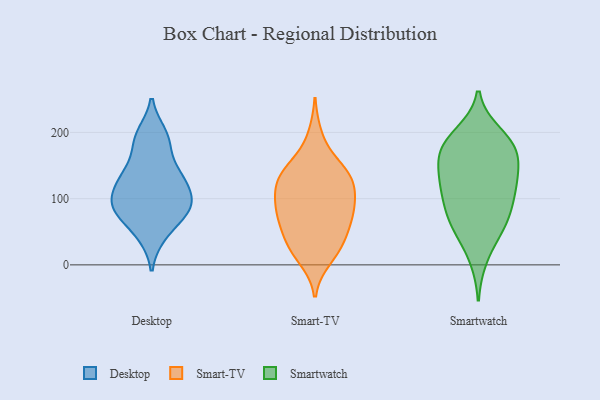
{"axis": {"x": "Conversion Rate (%)", "y": "Value"}, "legend": ["Desktop", "Smart-TV", "Smartwatch"], "data": [{"x": "", "y": 139, "type": "Desktop"}, {"x": "", "y": 79, "type": "Desktop"}, {"x": "", "y": 197, "type": "Desktop"}, {"x": "", "y": 99, "type": "Desktop"}, {"x": "", "y": 85, "type": "Desktop"}, {"x": "", "y": 133, "type": "Desktop"}, {"x": "", "y": 183, "type": "Desktop"}, {"x": "", "y": 120, "type": "Desktop"}, {"x": "", "y": 45, "type": "Desktop"}, {"x": "", "y": 86, "type": "Desktop"}, {"x": "", "y": 132, "type": "Smart-TV"}, {"x": "", "y": 103, "type": "Smart-TV"}, {"x": "", "y": 120, "type": "Smart-TV"}, {"x": "", "y": 22, "type": "Smart-TV"}, {"x": "", "y": 126, "type": "Smart-TV"}, {"x": "", "y": 10, "type": "Smart-TV"}, {"x": "", "y": 77, "type": "Smart-TV"}, {"x": "", "y": 46, "type": "Smart-TV"}, {"x": "", "y": 136, "type": "Smart-TV"}, {"x": "", "y": 87, "type": "Smart-TV"}, {"x": "", "y": 59, "type": "Smart-TV"}, {"x": "", "y": 153, "type": "Smart-TV"}, {"x": "", "y": 28, "type": "Smart-TV"}, {"x": "", "y": 144, "type": "Smart-TV"}, {"x": "", "y": 76, "type": "Smart-TV"}, {"x": "", "y": 123, "type": "Smart-TV"}, {"x": "", "y": 75, "type": "Smart-TV"}, {"x": "", "y": 88, "type": "Smart-TV"}, {"x": "", "y": 29, "type": "Smart-TV"}, {"x": "", "y": 194, "type": "Smart-TV"}, {"x": "", "y": 197, "type": "Smartwatch"}, {"x": "", "y": 11, "type": "Smartwatch"}, {"x": "", "y": 76, "type": "Smartwatch"}, {"x": "", "y": 63, "type": "Smartwatch"}, {"x": "", "y": 87, "type": "Smartwatch"}, {"x": "", "y": 177, "type": "Smartwatch"}, {"x": "", "y": 174, "type": "Smartwatch"}, {"x": "", "y": 129, "type": "Smartwatch"}, {"x": "", "y": 51, "type": "Smartwatch"}, {"x": "", "y": 114, "type": "Smartwatch"}, {"x": "", "y": 114, "type": "Smartwatch"}, {"x": "", "y": 159, "type": "Smartwatch"}, {"x": "", "y": 183, "type": "Smartwatch"}, {"x": "", "y": 133, "type": "Smartwatch"}, {"x": "", "y": 117, "type": "Smartwatch"}, {"x": "", "y": 160, "type": "Smartwatch"}, {"x": "", "y": 187, "type": "Smartwatch"}, {"x": "", "y": 61, "type": "Smartwatch"}]}